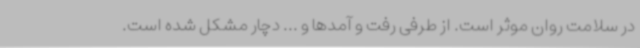
در سلامت روان موثر است. از طرفی رفت و آمدها و ... دچار مشکل شده است.